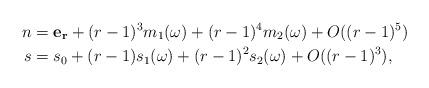
LaTeX: \begin{align*}n &=\mathbf{e_r} + (r-1)^ 3 m_1(\omega) + (r-1)^4m_2(\omega) + O((r-1)^5)\\s&=s_0+(r-1)s_1(\omega)+(r-1)^2s_2(\omega)+O((r-1)^3),\end{align*}